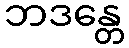
ဘဒန္တေ